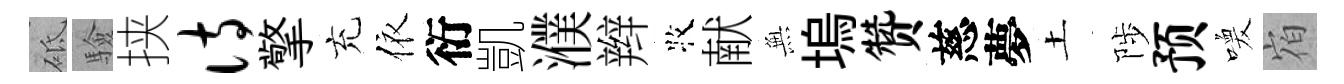
砥驗挟诗擎充依衍凱濮辫牧献𭴾塢赞慈夢土陟预喚𪧐